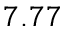
7 . 7 7